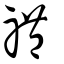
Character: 礼